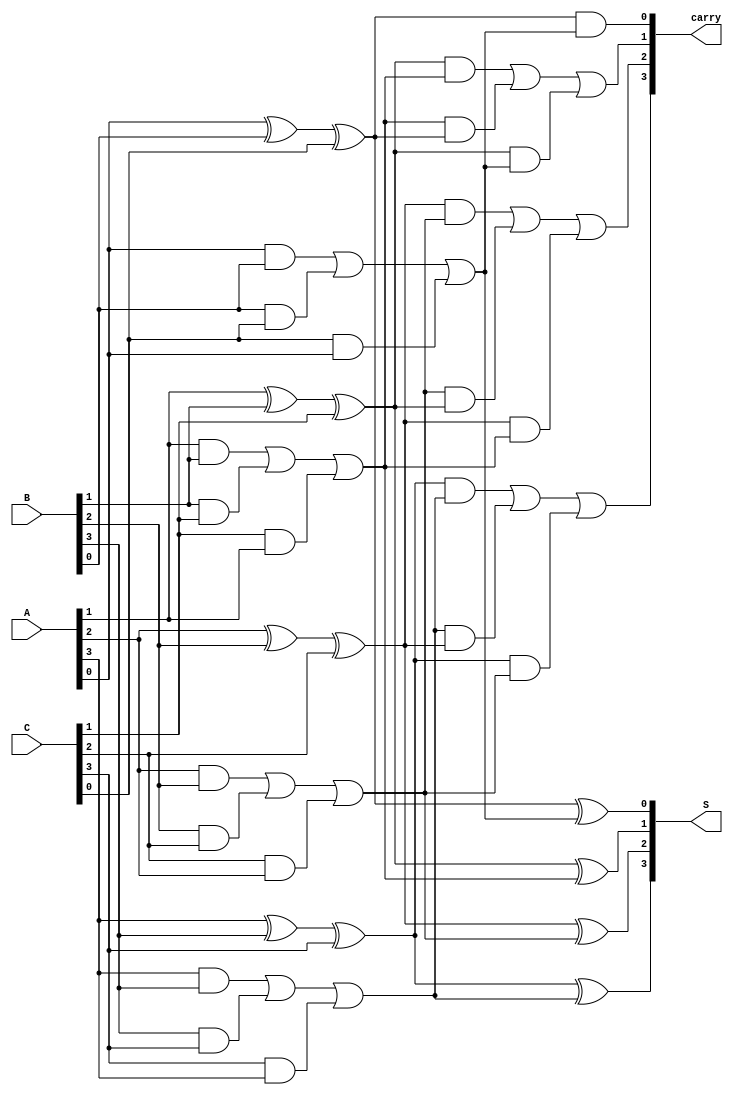
module ripple_carry_save_adder #(parameter n = 4) (
    input  [n-1:0] A,    // First n-bit input
    input  [n-1:0] B,    // Second n-bit input
    input  [n-1:0] C,    // Third n-bit input
    output [n-1:0] S,    // Partial sum output
    output [n-1:0] carry  // Carry output
);

// Internal wires for partial sums and carries
wire [n-1:0] sum1, sum2;
wire [n-1:0] carry1, carry2;

// First stage of carry-save addition
genvar i;
generate
    for (i = 0; i < n; i = i + 1) begin : CSA_stage1
        // Calculate sum1 and carry1
        assign sum1[i] = A[i] ^ B[i] ^ C[i];
        assign carry1[i] = (A[i] & B[i]) | (B[i] & C[i]) | (C[i] & A[i]);
    end
endgenerate

// Second stage of carry-save addition
generate
    for (i = 0; i < n; i = i + 1) begin : CSA_stage2
        // Calculate sum2 and carry2
        assign sum2[i] = sum1[i] ^ carry1[i];
        assign carry2[i] = (sum1[i] & carry1[i]) | (carry1[i] & (i > 0 ? sum1[i-1] : 1'b0)) | (sum1[i] & (i > 0 ? carry1[i-1] : 1'b0));
    end
endgenerate

// Final stage to resolve carry
assign S = sum2;
assign carry = carry2;

endmodule